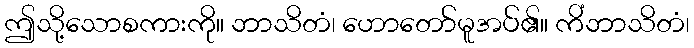
ဤသို့သောစကားကို။ ဘာသိတံ၊ ဟောတော်မူအပ်၏။ ကိံဘာသိတံ၊